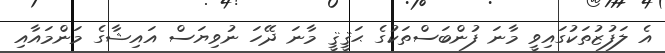
އެ ލަފުޒުތަކުގައިވީ މާނަ ފުންބަސްތަކުގެ ޙަޤީޤީ މާނަ ދޭހަ ނުވިޔަސް އައިޝާގެ މަންމައާއި